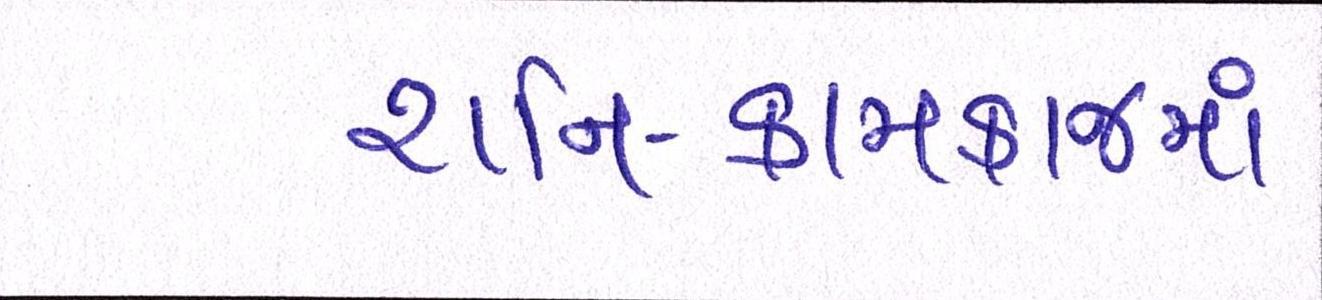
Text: શનિ-કામકાજમાં